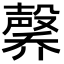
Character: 𪵑